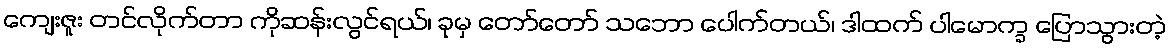
ကျေးဇူး တင်လိုက်တာ ကိုဆန်းလွင်ရယ်၊ ခုမှ တော်တော် သဘော ပေါက်တယ်၊ ဒါထက် ပါမောက္ခ ပြောသွားတဲ့